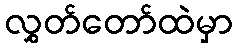
လွှတ်တော်ထဲမှာ